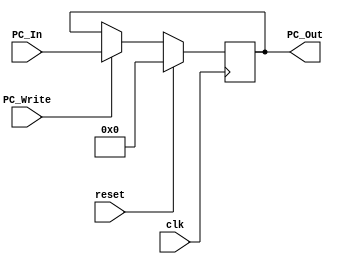
module Program_Counter
(
  input clk, reset, PC_Write,
  input [63:0]PC_In,
  output reg [63:0]PC_Out
);

initial
begin
  PC_Out = 64'b0;
end

always@(posedge clk)
begin
  if(reset)
    begin
      PC_Out <= 64'b0;
    end
  else if(PC_Write == 1'b0)
    begin
      PC_Out = PC_Out;
    end
  else
    begin
      PC_Out = PC_In;
    end
end


endmodule